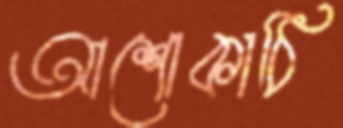
আশোকাঠি